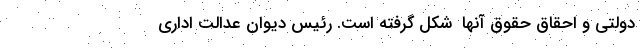
دولتی‌ و احقاق‌ حقوق‌ آنها ‌ شکل گرفته است. رئیس دیوان عدالت اداری